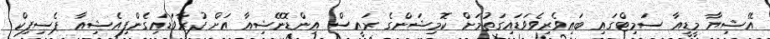
އޭޝިޔާ މީޑީއާ ސަމިޓްގައި ބައިވެރިވެވަޑައިގަތުމަށް ކޮމިޝަންގެ ރައީސް އިންޑޮނޭޝިއާ އަށް ފުރާވަޑައިގެންފިއެޝިއާ ޕެސިފިކް